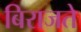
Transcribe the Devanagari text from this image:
बिराजते